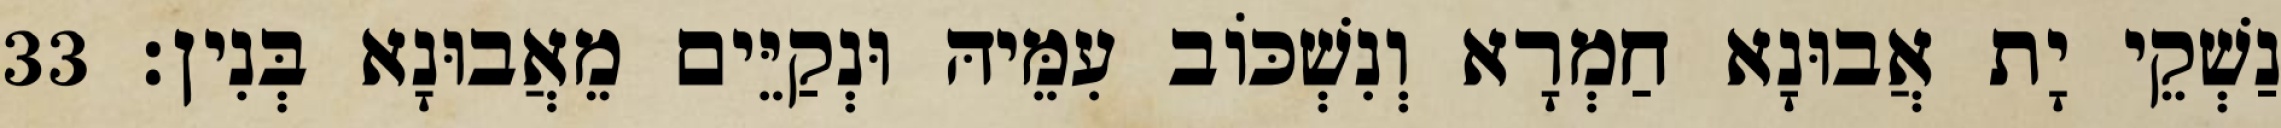
נַשְׁקֵי יָת אֲבוּנָא חַמְרָא וְנִשְׁכּוֹב עִמֵּיהּ וּנְקַיֵּים מֵאֲבוּנָא בְּנִין׃ 33